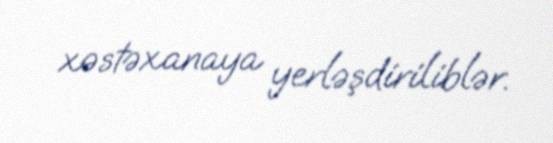
xəstəxanaya yerləşdiriliblər.